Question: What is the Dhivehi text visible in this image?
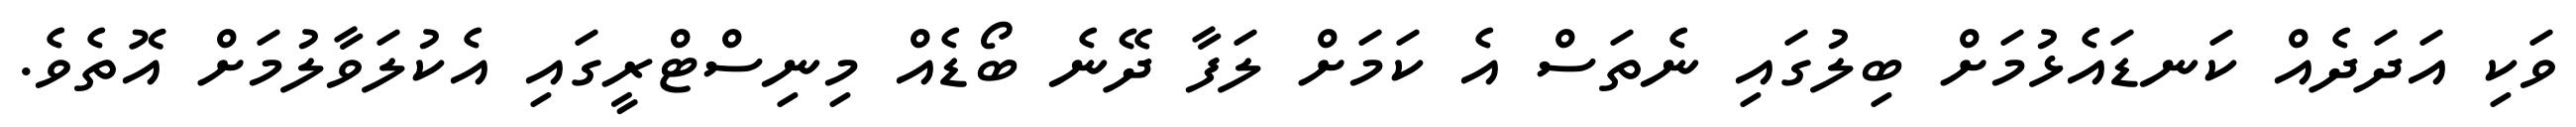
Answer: ވަކި އަދަދެއް ކަނޑައެޅުމަށް ބިލުގައި ނެތަސް އެ ކަމަށް ލަފާ ދޭނެ ބޯޑެއް މިނިސްޓްރީގައި އެކުލަވާލުމަށް އޮތެވެ.